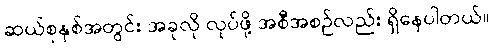
ဆယ်စုနှစ်အတွင်း အခုလို လုပ်ဖို့ အစီအစဉ်လည်း ရှိနေပါတယ်။